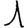
Digit: 1